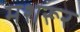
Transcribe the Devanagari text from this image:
मशरूर